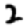
Digit: 2